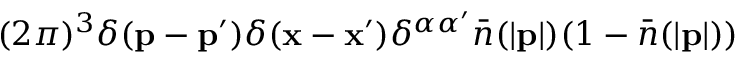
( 2 \pi ) ^ { 3 } \delta ( { \bf p } - { \bf p } ^ { \prime } ) \delta ( { \bf x } - { \bf x } ^ { \prime } ) \delta ^ { \alpha \alpha ^ { \prime } } \bar { n } ( | { \bf p } | ) ( 1 - \bar { n } ( | { \bf p } | ) )